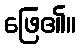
ဖြေ၏။